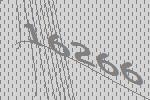
16266